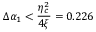
\Delta \alpha _ { 1 } < \frac { \eta _ { c } ^ { 2 } } { 4 \xi } = 0 . 2 2 6